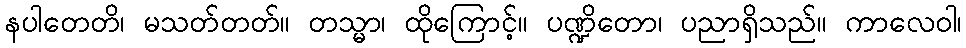
နပါတေတိ၊ မသတ်တတ်။ တသ္မာ၊ ထိုကြောင့်။ ပဏ္ဍိတော၊ ပညာရှိသည်။ ကာလေဝါ၊